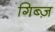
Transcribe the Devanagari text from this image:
गिब्ज़